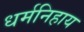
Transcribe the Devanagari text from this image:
धर्मनिहाय